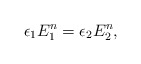
\begin{align*}\epsilon_1 E_1^n = \epsilon_2 E_2^n,\end{align*}